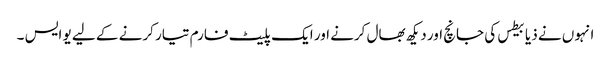
انہوں نے ذیابیطس کی جانچ اور دیکھ بھال کرنے اور ایک پلیٹ فارم تیار کرنے کے لیے یو ایس ۔